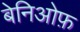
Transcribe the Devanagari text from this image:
बेनिओफ़